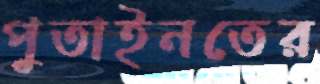
পুতাইনতের